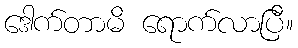
ဒေါက်တာမိ ရောက်လာပြီ။